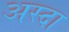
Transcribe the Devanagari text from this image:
अस्दा